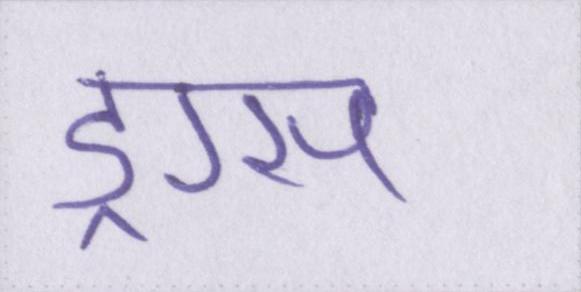
ड्रग्स